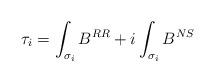
LaTeX: \begin{align*}\tau_i=\int_{\sigma_i} B^{RR} + i \int_{\sigma_i} B^{NS}\end{align*}